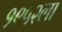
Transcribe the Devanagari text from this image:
१९५२ला